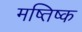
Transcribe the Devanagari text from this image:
मष्तिष्‍क